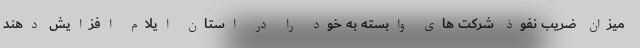
میزان ضریب نفوذ شرکت های وابسته به خود را در استان ایلام افزایش دهند